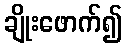
ချိုးဖောက်၍